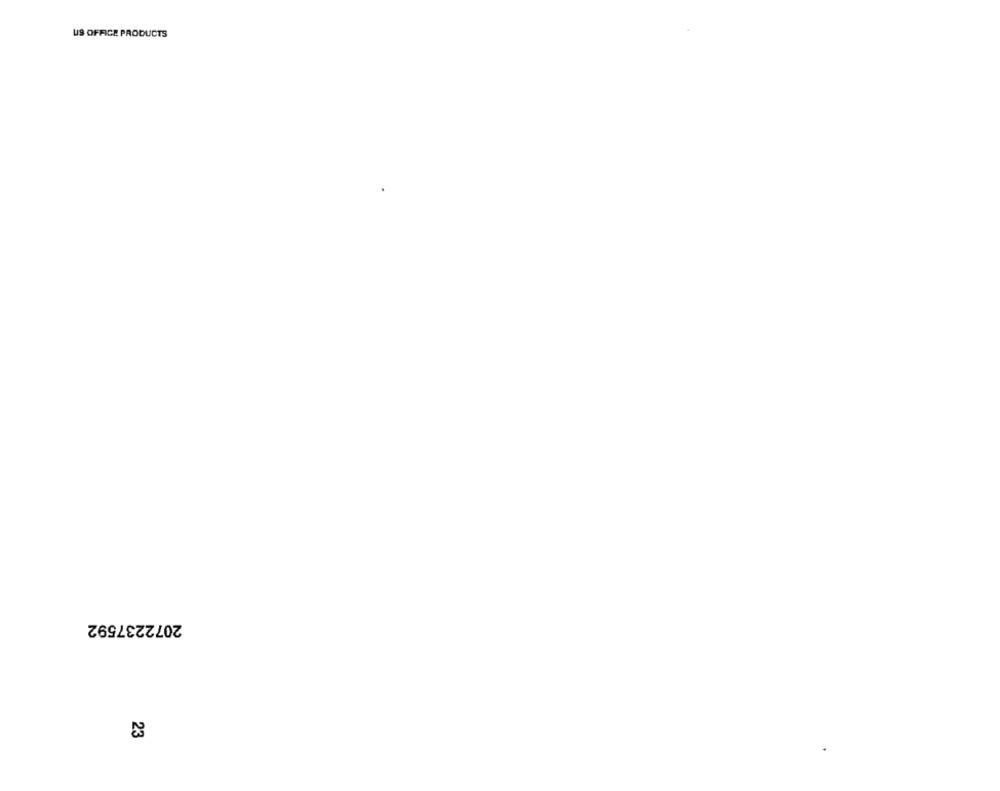
US OFFICE PRODUCTS
2072237592
23